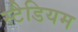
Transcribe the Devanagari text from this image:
स्टैडियम